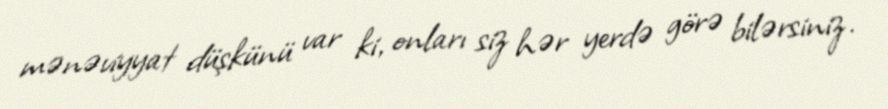
mənəviyyat düşkünü var ki, onları siz hər yerdə görə bilərsiniz.